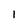
Character: l